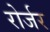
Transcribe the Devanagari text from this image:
रोर्जर